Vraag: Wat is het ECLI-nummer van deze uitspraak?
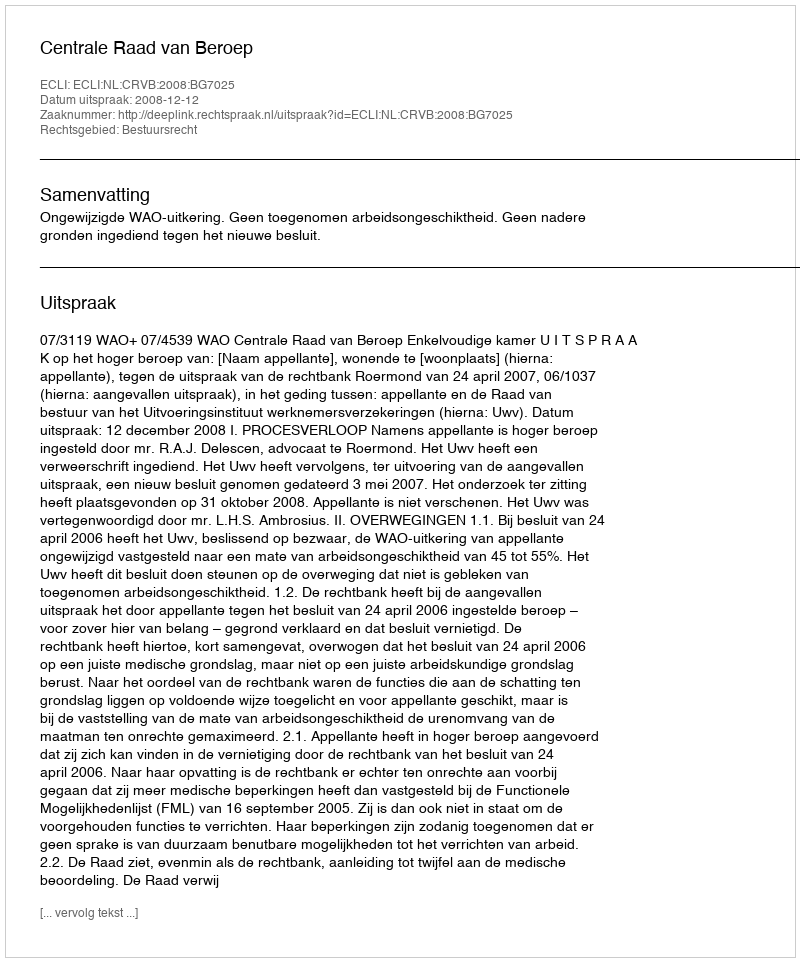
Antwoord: ECLI:NL:CRVB:2008:BG7025